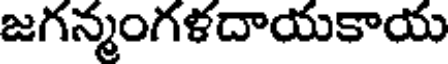
జగన్మంగళదాయకాయ